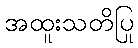
အထူးသတိပြု